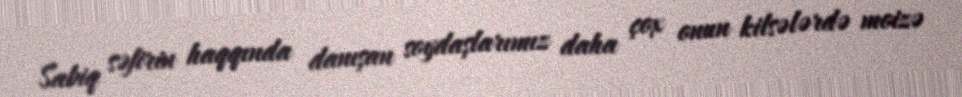
Sabiq səfirin haqqında danışan soydaşlarımız daha çox onun kilsələrdə moizə